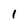
Character: 1